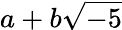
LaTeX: a+b{\sqrt{-5}}